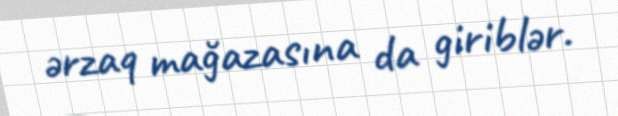
ərzaq mağazasına da giriblər.